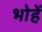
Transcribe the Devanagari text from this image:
भोहें